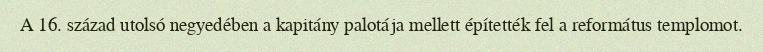
A 16. század utolsó negyedében a kapitány palotája mellett építették fel a református templomot.